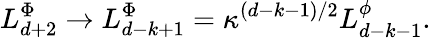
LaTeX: L_{d+2}^{\Phi}\rightarrow L_{d-k+1}^{\Phi}=\kappa^{\left(d-k-1\right)/2}L_{d-k-1}^{\phi}.